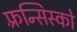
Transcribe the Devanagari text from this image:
फ़्रन्सिस्को